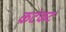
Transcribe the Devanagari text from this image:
कटंकट